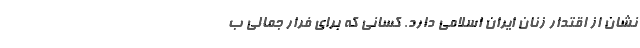
نشان از اقتدار زنان ایران اسلامی دارد. کسانی که برای فرار جمالی ب